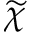
\widetilde \chi